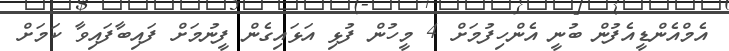
އެމްއެންޑީއެފުން ބުނީ އެންހިފުމަށް 4 މީހުން ފުޅި އަޅައިގެން ފީނުމަށް ފައިބާފައިވާ ކަމަށް